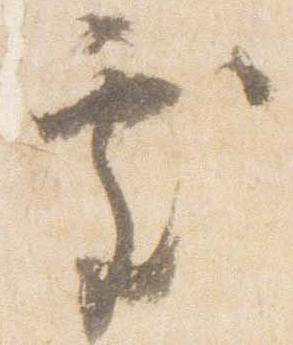
処